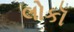
લોકૉ